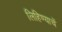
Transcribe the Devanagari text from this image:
लिहिण्याचें